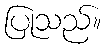
ပြုသည်။